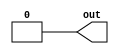
// Exercise 3-1-1-2: GND
module GND (
    output out
);
    assign out = 1'b0;
endmodule